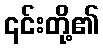
၎င်းတို့၏